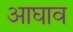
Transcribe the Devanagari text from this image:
आघाव